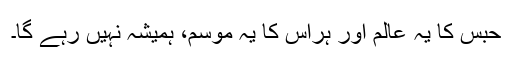
حبس کا یہ عالم اور ہراس کا یہ موسم، ہمیشہ نہیں رہے گا۔